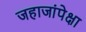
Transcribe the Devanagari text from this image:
जहाजांपेक्षा